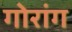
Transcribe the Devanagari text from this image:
गोरांग